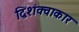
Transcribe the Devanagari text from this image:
द्विशंक्वाकार